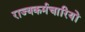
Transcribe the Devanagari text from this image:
राज्यकर्मचारियों